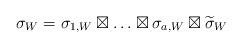
LaTeX: \begin{align*}\sigma_W=\sigma_{1,W}\boxtimes\ldots\boxtimes\sigma_{a,W}\boxtimes\widetilde{\sigma}_{W}\end{align*}